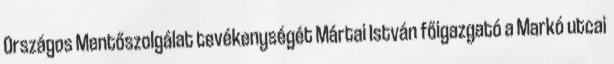
Országos Mentőszolgálat tevékenységét Mártai István főigazgató a Markó utcai